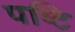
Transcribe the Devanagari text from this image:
पष्टि